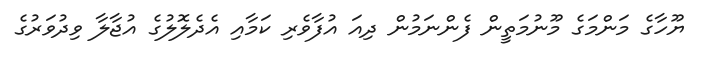
ޔޫހާގެ މަންމަގެ މޫނުމަތީން ފެންނަމުން ދިއަ އުފާވެރި ކަމާއި އެދެލޮލުގެ އުޖާލާ ވިދުވަރުގެ